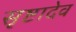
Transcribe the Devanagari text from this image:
सृष्टादेव